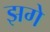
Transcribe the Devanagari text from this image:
झगे